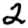
Digit: 2